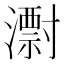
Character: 㵱